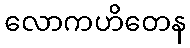
လောကဟိတေန